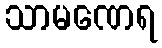
သာမဏေရ